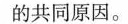
的共同原因。